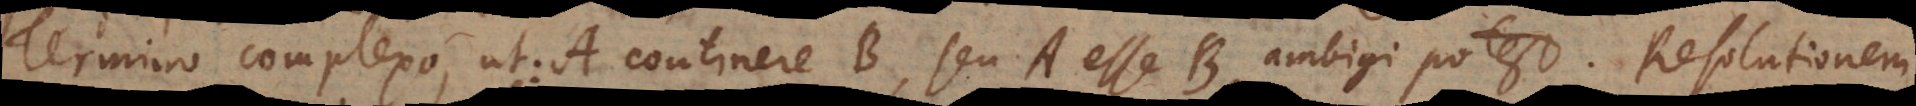
Termino complexo, ut: A continere B, seu A esse B, ambigi potest. Resolutionem